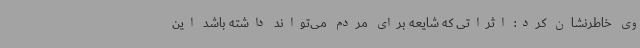
وی خاطرنشان کرد: اثراتی که شایعه برای مردم می‌تواند داشته باشد این